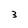
Character: 3